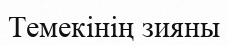
Темекінің зияны